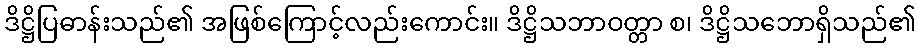
ဒိဋ္ဌိပြဓာန်းသည်၏ အဖြစ်ကြောင့်လည်းကောင်း။ ဒိဋ္ဌိသဘာဝတ္တာ စ၊ ဒိဋ္ဌိသဘောရှိသည်၏